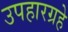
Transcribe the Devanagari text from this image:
उपहारग्रहे